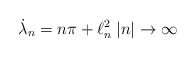
\begin{align*}{\dot\lambda_n}= n\pi +\ell^2_n\; |n|\to \infty\end{align*}